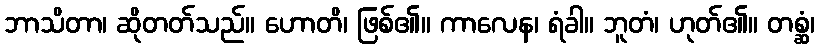
ဘာသိတာ၊ ဆိုတတ်သည်။ ဟောတိ၊ ဖြစ်၏။ ကာလေန၊ ရံခါ။ ဘူတံ၊ ဟုတ်၏။ တစ္ဆံ၊